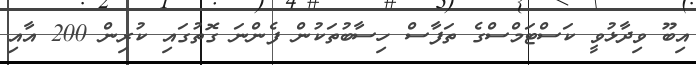
އިބޫ ވިދާޅުވީ ކަސްޓަމްސްގެ ތަފާސް ހިސާބުތަކުން ފެންނަ ގޮތުގައި ކުރިން 200 އާއި